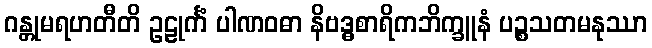
ဂန္တုမရဟတီတိ ဥဠုင်္ကံ ပါဏဝဓာ နိဗဒ္ဓစာရိကဘိက္ခူနံ ပဉ္စသတမနုဿာ